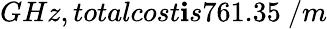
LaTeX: GHz,totalcost\mathbf{i}s761.35\ /m